Civil Veterinary Dept. North-West Frontier Province 1923-32 - 1923-1932
Year: 1923
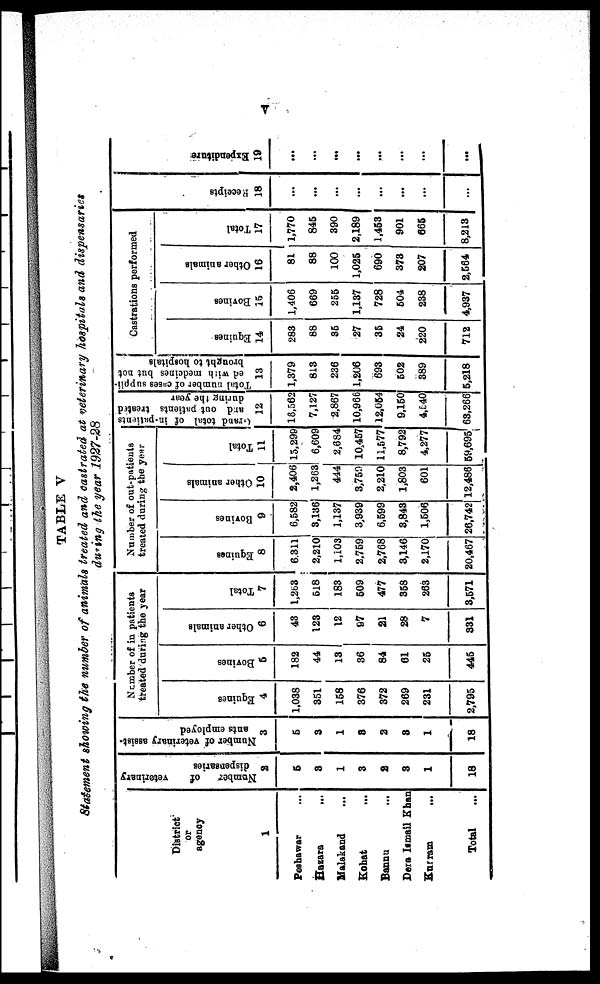
V
TABLE V
Statement showing the number of animals treated and castrated at veterinary hospitals and dispensaries
during the year 1927-28
District
or
agency
1
Peshawar ...
Hazara
...
Malakand
...
Kohat ...
Bannu ...
Dera Ismail Khan
Kurram ...
Total ...
Number
of
veterinary
dispensaries
2
5
3
1
3
2
3
1
18
Number of veterinary assist-
ants employed
3
5
3
1
3
2
3
1
18
Number of in patients
treated during the year
Equi nes
4
1,038
351
158
376
372
269
231
2,795
Bovi ne s
5
182
44
13
36
84
61
25
445
Other animals
6
43
123
12
97
21
28
7
331
Tot al
7
1,263
518
183
509
477
358
263
3,571
Number of out-patients
treated during the year
Equi nes
8
6,311
2,210
1,103
2,759
2,768
3,146
2,170
20,467
Bovines
9
6,582
3,136
1,137
3,939
6,599
3,843
1,506
26,742
Ot her animals
10
2,406
1,263
444
3,750
2,210
1,803
601
12,486
Tot al
11
15,299
6,609
2,684
10,457
11,577
8,792
4,277
59,695
Grand
total of in-patients
and out patients treated
during the year
12
18,562
7,127
2,867
10,966
12,054
9,150
4,540
63,266
Total number of cases suppli-
ed with medcines but not
brought to hospitals
13
1,379
813
236
1,206
693
502
389
5,218
Castrations performed
Equi nes
14
283
88
35
27
35
24
220
712
Bovines
15
1,406
669
255
1,137
728
504
238
4,937
Other animals
16
81
88
100
1,025
690
373
207
2,564
Tot al
17
1,770
845
390
2,189
1,453
901
665
8,213
Recei pt s
18
...
...
...
...
...
...
...
...
Expe ndi t
ur e
19
...
...
...
...
...
...
...
...